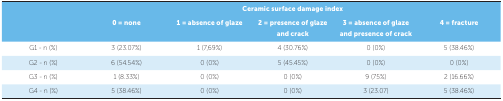
<table><thead><tr><td></td><td colspan="5"><b>Ceramic surface damage index</b></td></tr><tr><td></td><td><b>0 = none</b></td><td><b>1 = absence of glaze</b></td><td><b>2 = presence of glaze and crack</b></td><td><b>3 = absence of glaze and presence of crack</b></td><td><b>4 = fracture</b></td></tr></thead><tbody><tr><td>G1 - n (%)</td><td>3 (23.07%)</td><td>1 (7,69%)</td><td>4 (30.76%)</td><td>0 (0%)</td><td>5 (38.46%)</td></tr><tr><td>G2 - n (%)</td><td>6 (54.54%)</td><td>0 (0%)</td><td>5 (45.45%)</td><td>0 (0%)</td><td>0 (0%)</td></tr><tr><td>G3 - n (%)</td><td>1 (8.33%)</td><td>0 (0%)</td><td>0 (0%)</td><td>9 (75%)</td><td>2 (16.66%)</td></tr><tr><td>G4 - n (%)</td><td>5 (38.46%)</td><td>0 (0%)</td><td>0 (0%)</td><td>3 (23.07)</td><td>5 (38.46%)</td></tr></tbody></table>